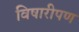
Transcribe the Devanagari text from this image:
विषारीपण